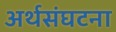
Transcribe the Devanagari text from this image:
अर्थसंघटना